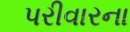
પરીવારના